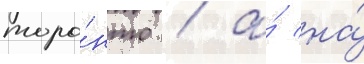
торо́нто / а́ на́